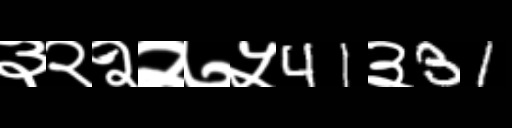
Text: ३२२२७५41३31